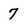
Character: 7